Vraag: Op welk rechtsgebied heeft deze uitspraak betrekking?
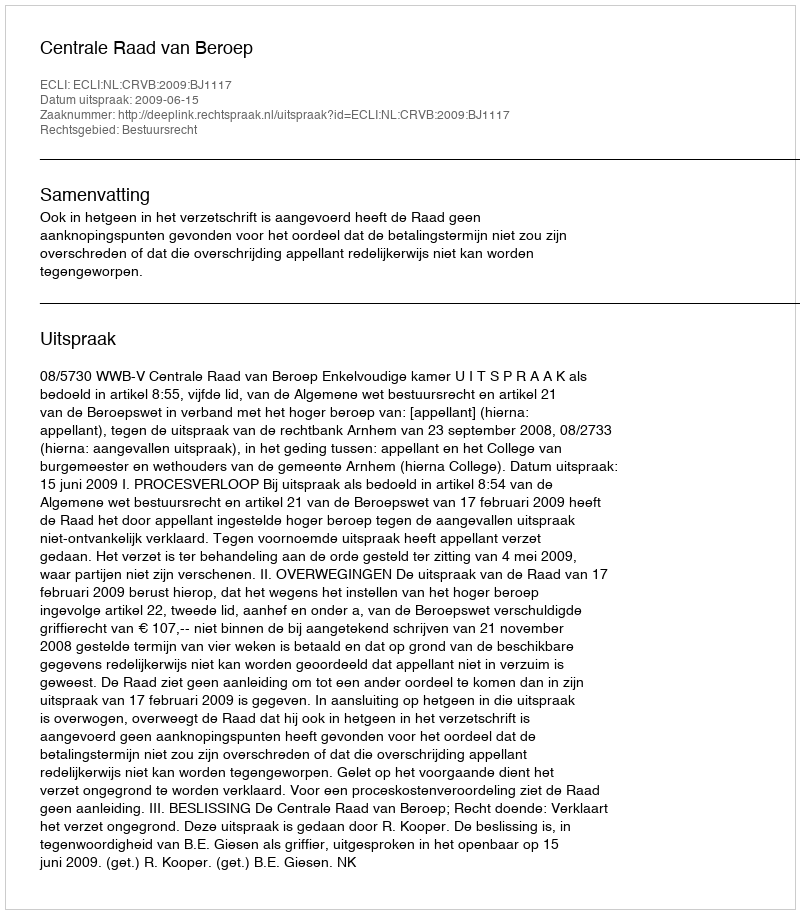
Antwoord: Bestuursrecht